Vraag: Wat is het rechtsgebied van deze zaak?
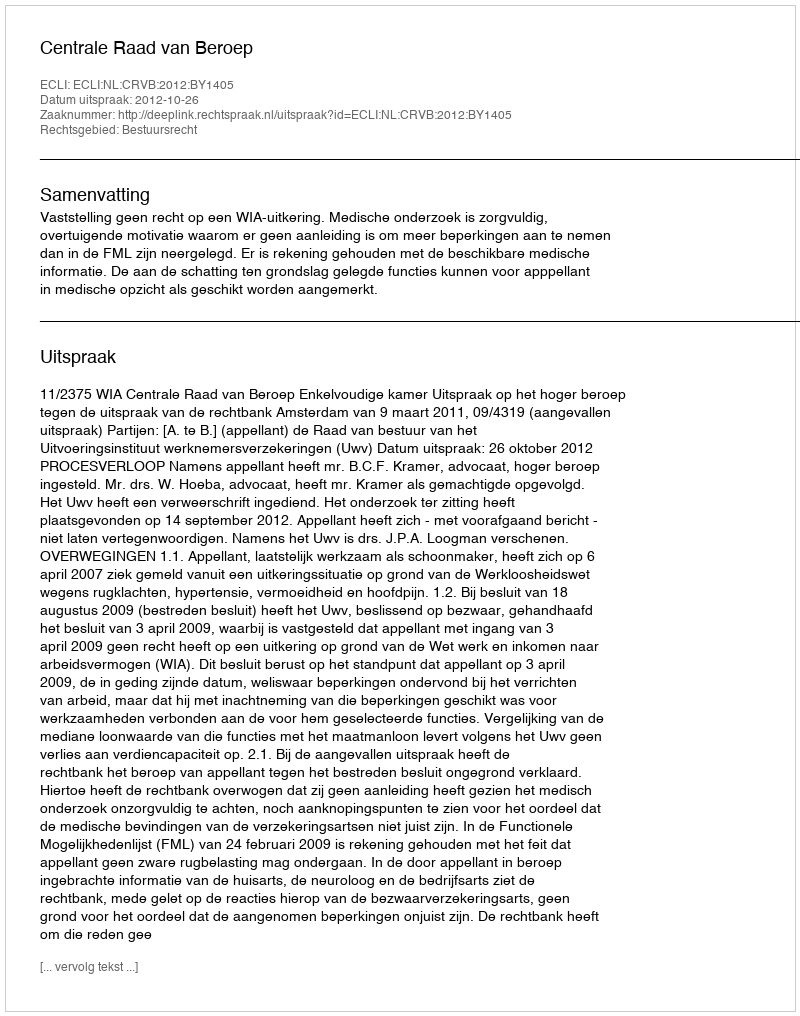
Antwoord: Bestuursrecht